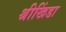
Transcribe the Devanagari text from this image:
श्रीखिंडा